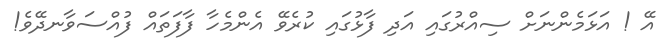
އޭ ! އަޅަމެންނަށް ސިއްރުގައި އަދި ފާޅުގައި ކުރެވޭ އެންމެހާ ފާފަތައް ފުއްސަވާނދޭވެ!